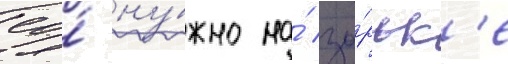
ео́ ну́жно на́ зо́рьк'е